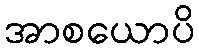
အာစယောပိ